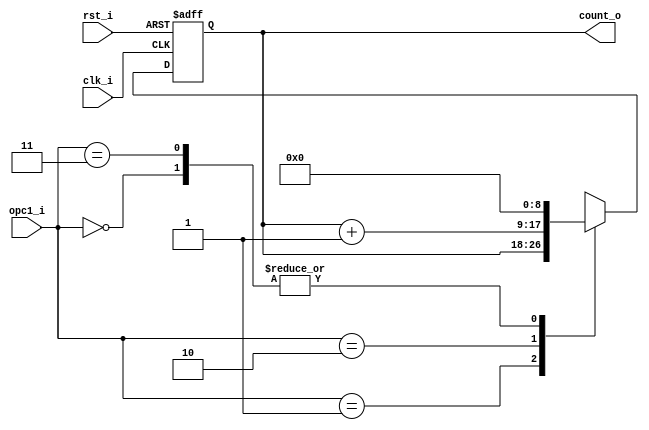
// Name: counter_volts.v
//
// Description: 

module counter_volts #(
  parameter Width = 9
) (
  input              rst_i,
  input              clk_i,
  input        [1:0] opc1_i,
  output [Width-1:0] count_o
);

  reg [Width-1:0] mux_d, reg_q;

  always @(opc1_i, reg_q) begin
    case (opc1_i)
      2'b00   : mux_d = 9'd0;
      2'b01   : mux_d = reg_q;
      2'b10   : mux_d = reg_q + 9'd1;
      //2'b10   : mux_d = reg_q + 12'd819;	  
      2'b11   : mux_d = 0;
      default : mux_d = 0;
    endcase
  end
  
  always @(posedge clk_i, posedge rst_i) begin
    if (rst_i)
      reg_q <= 9'd0;
    else
      reg_q <= mux_d;
  end

  assign count_o = reg_q;
  
endmodule